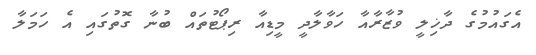
އެގައުމުގެ ދާޚިލީ ވުޒާރާއާ ހަވާލާދީ މީޑިއާ ރިޕޯޓުތައް ބުނާ ގޮތުގައި އެ ހަމަލާ